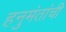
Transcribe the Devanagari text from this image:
हनुमंतांची